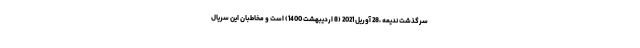
سرگذشت ندیمه ،28 آوریل 2021 (8 اردیبهشت 1400) است و مخاطبان این سریال